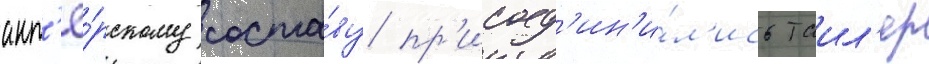
акт'ё́рскому соста́ву пр'исоед'ин'и́л'ись таил'ер